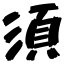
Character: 須